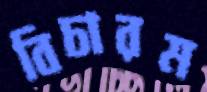
বিচারম